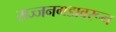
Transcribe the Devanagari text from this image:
सज्जनगडावरून